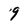
Character: 9